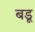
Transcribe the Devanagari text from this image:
बडू